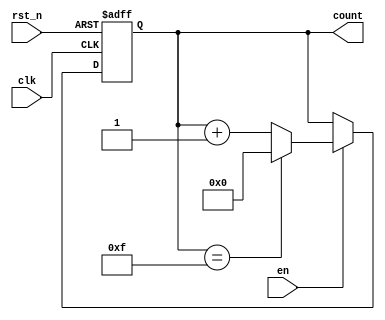
module async_counter #(
    parameter N = 15  // Maximum count value (0 to N)
)(
    input wire clk,         // Clock signal
    input wire rst_n,      // Asynchronous active low reset
    input wire en,         // Enable signal
    output reg [$clog2(N+1)-1:0] count // Current count value
);

// Asynchronous reset and counting logic
always @(posedge clk or negedge rst_n) begin
    if (!rst_n) begin
        count <= 0;  // Reset count to 0
    end else if (en) begin
        if (count == N) begin
            count <= 0;  // Wrap around to 0 when maximum reached
        end else begin
            count <= count + 1;  // Increment count
        end
    end
end

endmodule